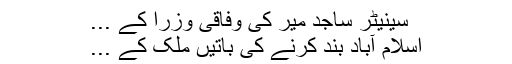
سینیٹر ساجد میر کی وفاقی وزرا کے ...
اسلام آباد بند کرنے کی باتیں ملک کے ...